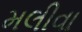
મલીવા